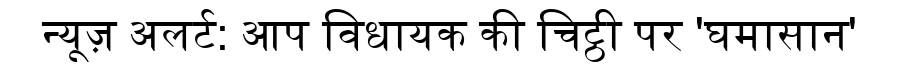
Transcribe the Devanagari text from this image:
न्यूज़ अलर्ट: आप विधायक की चिट्ठी पर 'घमासान'